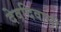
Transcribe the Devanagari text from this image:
देवदिवाली